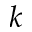
k